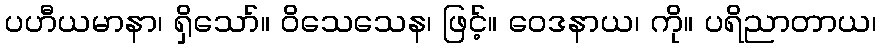
ပဟီယမာနာ၊ ရှိသော်။ ဝိသေသေန၊ ဖြင့်။ ဝေဒနာယ၊ ကို။ ပရိညာတာယ၊